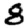
Digit: 8